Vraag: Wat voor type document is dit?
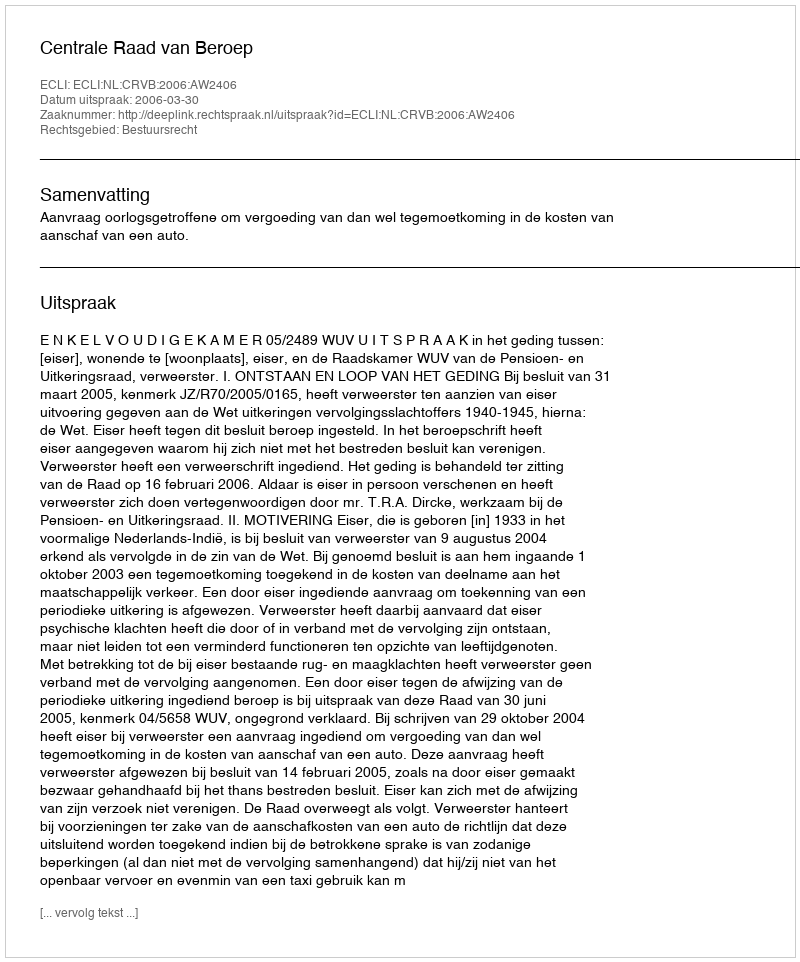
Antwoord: Uitspraak